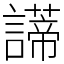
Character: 𧬺